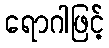
ရောဂါဖြင့်